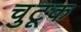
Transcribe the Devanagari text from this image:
चुटूक